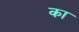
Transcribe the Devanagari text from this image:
का